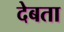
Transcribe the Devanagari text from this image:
देबता